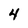
Character: 4